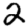
Digit: 2